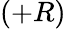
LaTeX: (+R)